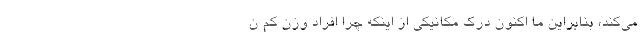
می‌کند، بنابراین ما اکنون درک مکانیکی از اینکه چرا افراد وزن کم ن